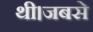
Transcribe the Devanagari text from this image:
थी।जबसे